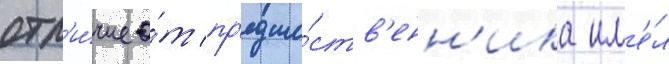
отл'и́чие о́т пр'едше́ств'енн'ика им'е́л